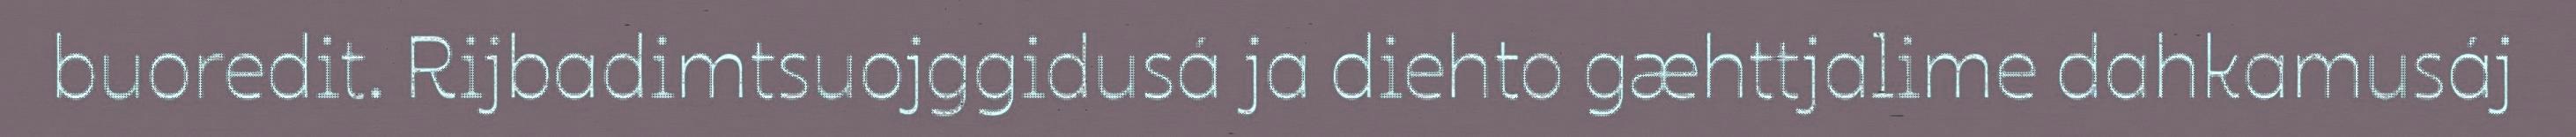
buoredit. Rijbadimtsuojggidusá ja diehto gæhttjalime dahkamusáj